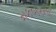
મકબરના